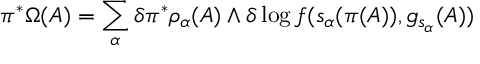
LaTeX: \pi ^ { \ast } \Omega ( A ) = \sum _ { \alpha } \delta \pi ^ { \ast } \rho _ { \alpha } ( A ) \wedge \delta \log f ( s _ { \alpha } ( \pi ( A ) ) , g _ { s _ { \alpha } } ( A ) )